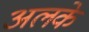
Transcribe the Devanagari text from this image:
अलके